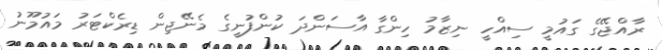
ރާއްޖޭގެ ގައުމީ ސިއްހީ ނިޒާމު ހިންގާ އާސަންދަ ކުންފުނީގެ މެނޭޖިން ޑިރެކްޓަރު މައުމޫނު